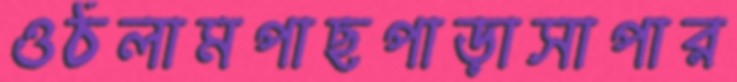
ওঠলামপাছপাড়াসাপার